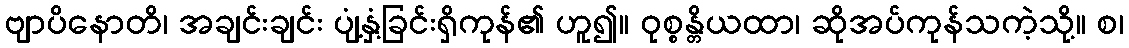
ဗျာပိနောတိ၊ အချင်းချင်း ပျံ့နှံ့ခြင်းရှိကုန်၏ ဟူ၍။ ဝုစ္စန္တိယထာ၊ ဆိုအပ်ကုန်သကဲ့သို့။ စ၊